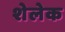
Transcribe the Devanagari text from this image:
शेलेक